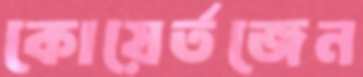
কোয়ের্তজেন